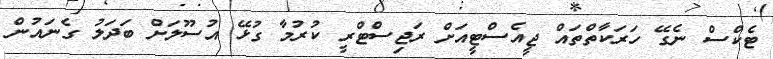
ޓެކްސް ނެގޭ ހަރަކާތްތައް ޖީއެސްޓީއަށް ރަޖިސްޓްރީ ކުރުމާ ގުޅޭ އުސޫލަށް ބަދަލު ގެނައުން